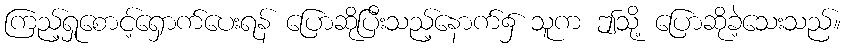
ကြည့်ရှုစောင့်ရှောက်ပေးရန် ပြောဆိုပြီးသည့်နောက်၌ သူက ဤသို့ ပြောဆိုခဲ့သေးသည်။